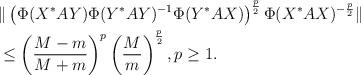
LaTeX: \begin{align*}&\|\left(\Phi(X^*AY)\Phi(Y^*AY)^{-1}\Phi(Y^*AX)\right)^{\frac{p}{2}}\Phi(X^*AX)^{-\frac{p}{2}}\|\\&\le \left(\frac{M-m}{M+m}\right)^p\left(\frac{M}{m}\right)^{\frac{p}{2}}, p\ge 1.\end{align*}